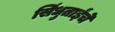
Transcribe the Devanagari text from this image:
सिंधुताईंचे